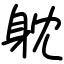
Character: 躭